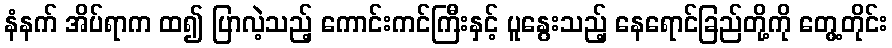
နံနက် အိပ်ရာက ထ၍ ပြာလဲ့သည့် ကောင်းကင်ကြီးနှင့် ပူနွေးသည့် နေရောင်ခြည်တို့ကို တွေ့တိုင်း